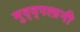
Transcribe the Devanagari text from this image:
मुद्द्पलानी